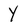
Character: y